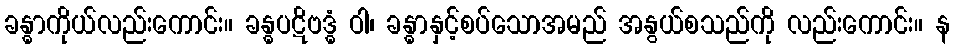
ခန္ဓာကိုယ်လည်းကောင်း။ ခန္ဓပဋိဗဒ္ဓံ ဝါ၊ ခန္ဓာနှင့်စပ်သောအမည် အနွယ်စသည်ကို လည်းကောင်း။ န